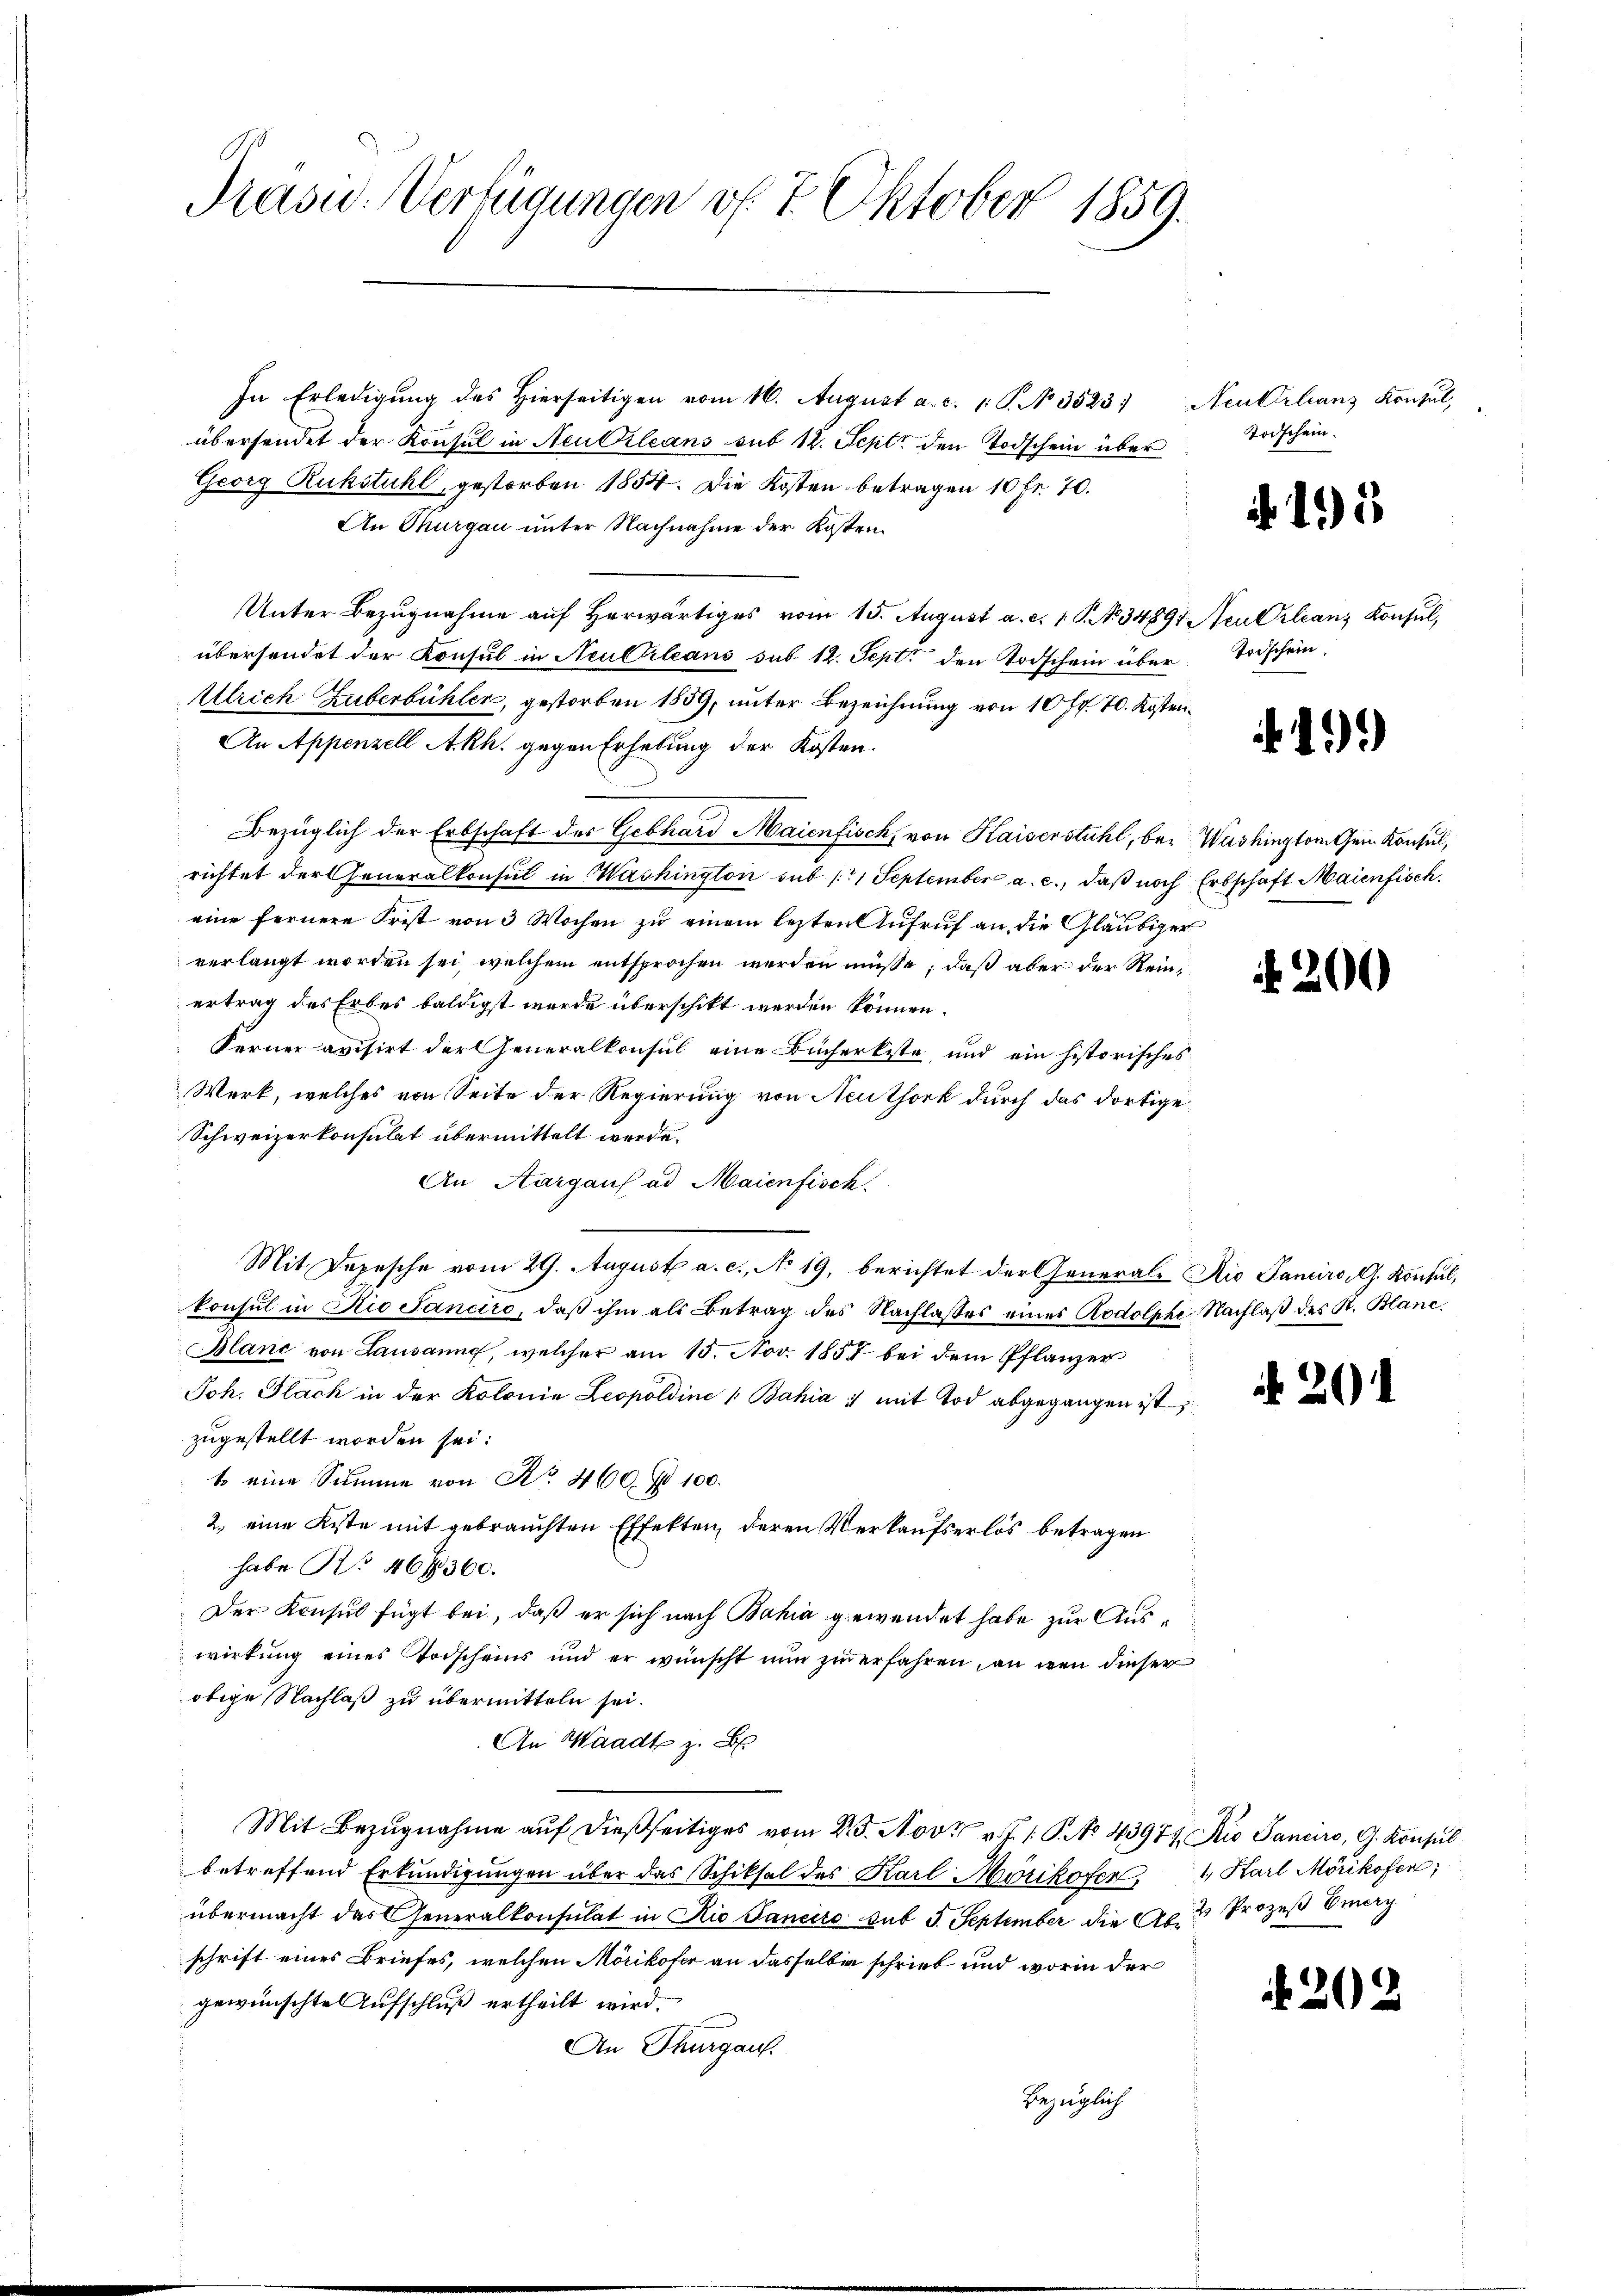
Präsid.: Verfügungen v. 7. Oktober 1859.

In Erledigŭng des hierseitigen vom 16. August a. c. 1 S. N. 3523) Neukirlians Konsul,
übersendet der Konsul in Neubileans sub 12. Sept. den Todschein über
Georg Rukstuhl, gestorben 1854. Die Kosten betragen 10 Fr. 70.
An Thurgau unter Nachnahme der Kosten.
Unter Bezugnahme auf herwärtiges vom 15. August a. c. 1 S. 34897. Neulrleans Konsul,
übersendet der Konsul in Neultrleans sub 12. Sept. den Todschein über Todschein
Ulrich Zuberbühler, gestorben 1559, unter Bezeichnung von 10 Fr. 70. Kosten¬
An Appenzell Akh. gegen Erhebung der Kosten.
Bezüglich der Erbschaft der Gebhard Maienfisch, von Kaiserstuhl, bei Washington sein Konsul,
richtet der Generalkonsul in Washington sub 11 September a. c., daß noch Erbschaft Maienfisch.
eine fernere Frist von 3 Wochen zu einem lezten Aufruf an die Gläubiger
verlangt worden sei, welchem entsprochen werden müsse, daß aber der Reinertrag des Erbes baldigst wurde überschikt werden können.
Ferner avisirt der Generalkonsul eine Bücherkiste, und ein historisches
Werk, welches von Seite der Regierung von Neuthork durch das dortige
Schweizerkonsulat übermittelt werde.
An Aargaus ad Maienfisch.
Mit Depesche vom 29. August a. c. No 19, berichtet der Generale Aio Paniiro, G. Konsul,
konsul in die Sanciro, daβ ihm als Betrag des Nachlasses eines Rodolphe Nachlaβ des R. Blanc
Blanc von Lausanne, welcher am 15. Nov. 1858 bei dem Pflanzer
Joh. Flach in der Kolonie Leopoldine / Bahia :/ mit Tod abgegangen ist,
zugestellt worden sei.
t eine Summe von No. 460 f 100.
2.) eine Kiste mit gebrauchten Effekten, deren Verkaufserlös betragen
habe No 46 f. 360.
Der Konsul fügt bei, daß er sich nach Bahia gewendet habe zur Auswirkung eines Vorscheins und er wünscht nun zu erfahren, an den dieser
obige Nachlaß zu übermitteln sei.
An Waadt z. B
Mit Bezugnahme auf dießseitiges vom 23. Nov. v. J. P. No. 43974 dio Sanciro, G. Konsul
betreffend Erkundigungen über das Schiksal des Karl Mörikofen, 1 Karl Mörikofen,
übermacht das Generalkonsulat in Rio Sanciro sub 5. September die Al. 2 Prozeß Emery
schrift eines Briefes, welchen Mörikofer an dasselben schrieb und worin der
gewünschte Aufschluß ertheilt wird.
An Thurgau.
Bezüglich

Todschein.

15

.1)

200

2

N 22